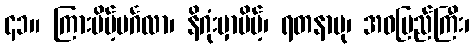
၄၁။ ကြားပိမ့်မင်္ဂလာ၊ နိဂုံးမှာပိမ့်၊ ရတနာပု၊ အဝပြည်ကြီး၊